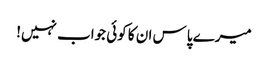
میرے پاس ان کا کوئی جواب نہیں!